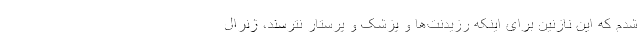
شدم که این نازنین برای اینکه رزیدنت‌ها و پزشک و پرستار نترسند، ژنرال